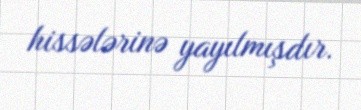
hissələrinə yayılmışdır.